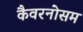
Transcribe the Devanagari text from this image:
कैवरनोसम